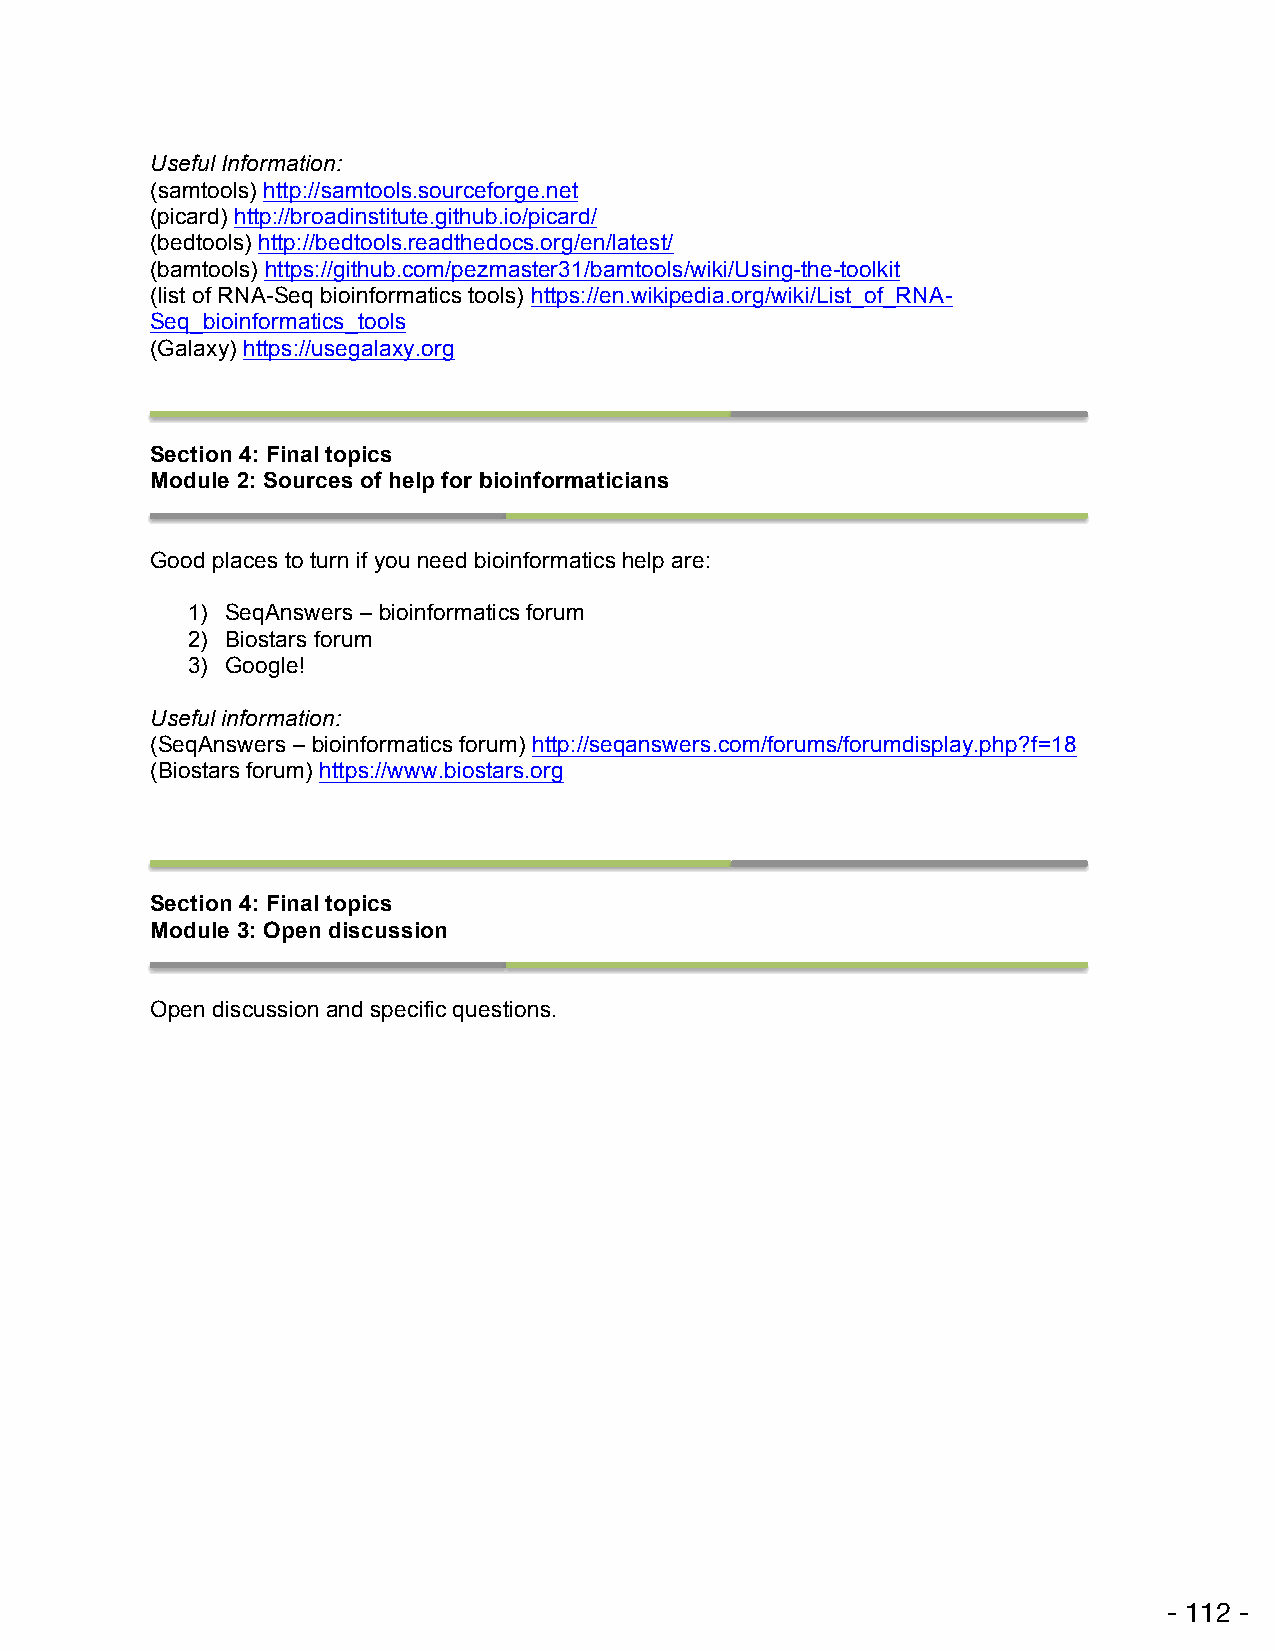
Useful Information:
 (samtools) http://samtools.sourceforge.net
 (picard) http://broadinstitute.github.io/picard/
 (bedtools) http://bedtools.readthedocs.org/en/latest/
 (bamtools) https://github.com/pezmaster31/bamtools/wiki/Using-the-toolkit
 (list of RNA-Seq bioinformatics tools) https://en.wikipedia.org/wiki/List_of_RNA-
 Seq_bioinformatics_tools
 (Galaxy) https://usegalaxy.org
 !
 Section 4: Final topics
 Module 2: Sources of help for bioinformaticians
 !
 Good places to turn if you need bioinformatics help are:
 1) SeqAnswers – bioinformatics forum
 2) Biostars forum
 3) Google!
 Useful information:
 (SeqAnswers – bioinformatics forum) http://seqanswers.com/forums/forumdisplay.php?f=18
 (Biostars forum) https://www.biostars.org
 !
 Section 4: Final topics
 Module 3: Open discussion
 !
 Open discussion and specific questions.
 !